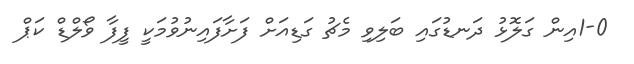
1-0އިން ގަލޮޅު ދަނޑުގައި ބަލިވި މެޗު ގަޑިއަށް ފަށާފައިނުވުމަކީ ފީފާ ވޯލްޑް ކަޕް